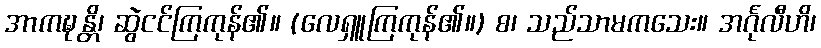
အာကဍ္ဎန္တိ၊ ဆွဲငင်ကြကုန်၏။ (လေရှူကြကုန်၏။) စ၊ သည်သာမကသေး။ အင်္ဂုလီဟိ၊